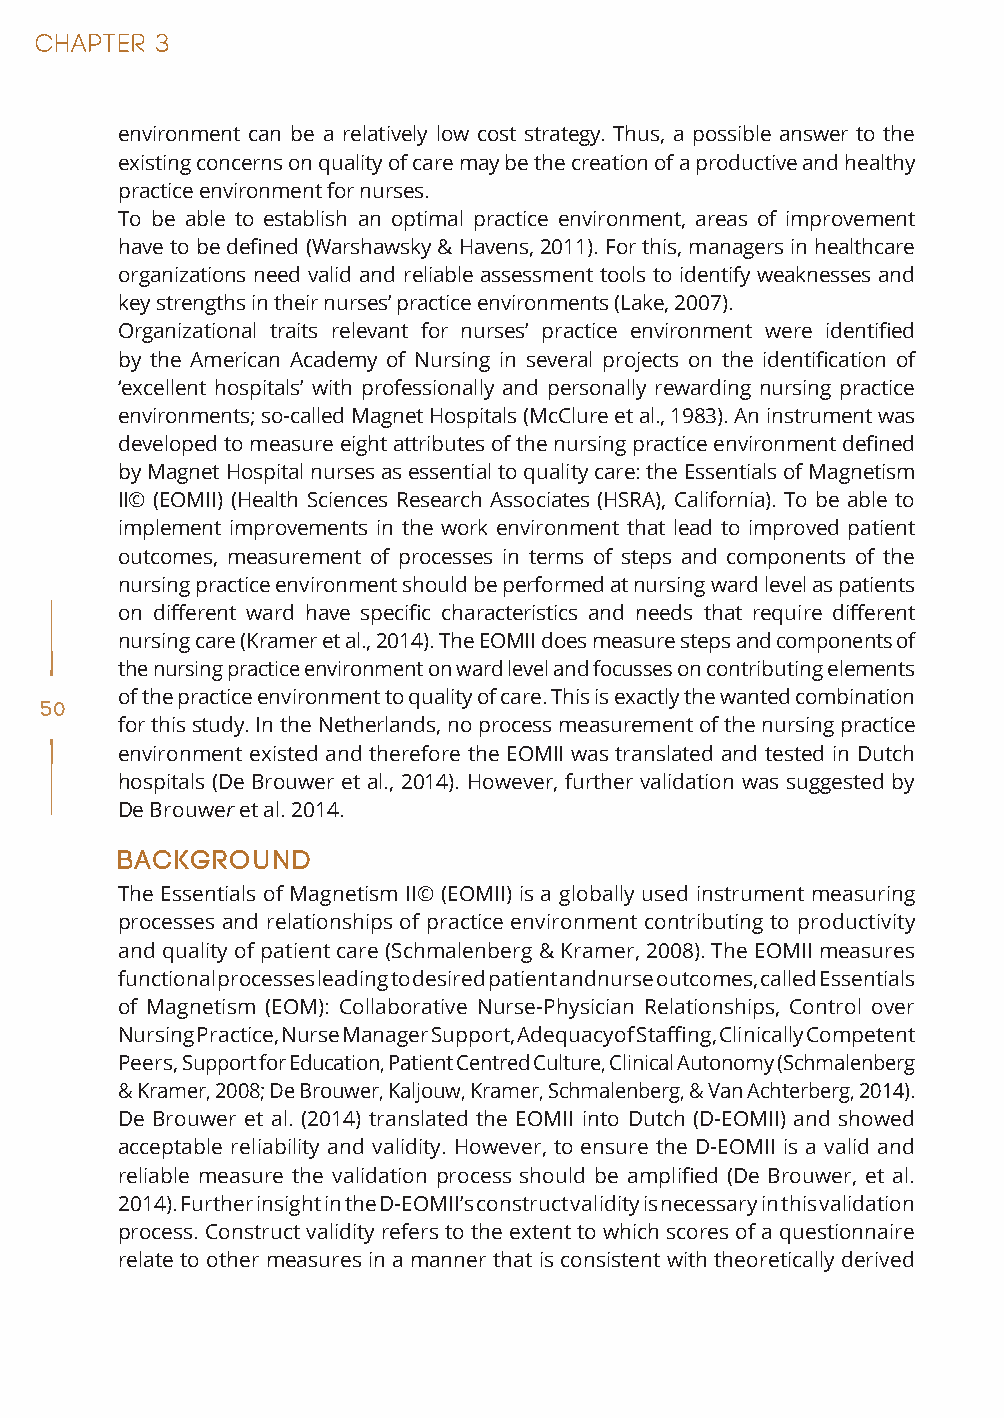
environment can be a relatively low cost strategy. Thus, a possible answer to the
 existing concerns on quality of care may be the creation of a productive and healthy
 practice environment for nurses.
 To be able to establish an optimal practice environment, areas of improvement
 have to be defined (Warshawsky & Havens, 2011). For this, managers in healthcare
 organizations need valid and reliable assessment tools to identify weaknesses and
 key strengths in their nurses’ practice environments (Lake, 2007).
 Organizational traits relevant for nurses’ practice environment were identified
 by the American Academy of Nursing in several projects on the identification of
 ‘excellent hospitals’ with professionally and personally rewarding nursing practice
 environments; so-called Magnet Hospitals (McClure et al., 1983). An instrument was
 developed to measure eight attributes of the nursing practice environment defined
 by Magnet Hospital nurses as essential to quality care: the Essentials of Magnetism
 II© (EOMII) (Health Sciences Research Associates (HSRA), California). To be able to
 implement improvements in the work environment that lead to improved patient
 outcomes, measurement of processes in terms of steps and components of the
 nursing practice environment should be performed at nursing ward level as patients
 on different ward have specific characteristics and needs that require different
 nursing care (Kramer et al., 2014). The EOMII does measure steps and components of
 the nursing practice environment on ward level and focusses on contributing elements
 of the practice environment to quality of care. This is exactly the wanted combination
 50
 for this study. In the Netherlands, no process measurement of the nursing practice
 environment existed and therefore the EOMII was translated and tested in Dutch
 hospitals (De Brouwer et al., 2014). However, further validation was suggested by
 De Brouwer et al. 2014.
 Background
 The Essentials of Magnetism II© (EOMII) is a globally used instrument measuring
 processes and relationships of practice environment contributing to productivity
 and quality of patient care (Schmalenberg & Kramer, 2008). The EOMII measures
 functional processes leading to desired patient and nurse outcomes, called Essentials
 of Magnetism (EOM): Collaborative Nurse-Physician Relationships, Control over
 Nursing Practice, Nurse Manager Support, Adequacy of Staffing, Clinically Competent
 Peers, Support for Education, Patient Centred Culture, Clinical Autonomy (Schmalenberg
 & Kramer, 2008; De Brouwer, Kaljouw, Kramer, Schmalenberg, & Van Achterberg, 2014).
 De Brouwer et al. (2014) translated the EOMII into Dutch (D-EOMII) and showed
 acceptable reliability and validity. However, to ensure the D-EOMII is a valid and
 reliable measure the validation process should be amplified (De Brouwer, et al.
 2014). Further insight in the D-EOMII’s construct validity is necessary in this validation
 process. Construct validity refers to the extent to which scores of a questionnaire
 relate to other measures in a manner that is consistent with theoretically derived